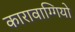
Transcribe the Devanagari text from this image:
कारावाग्गियो